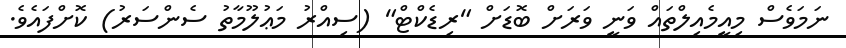
ނަމަވެސް މިއީމެއިލްތައް ވަނީ ވަރަށް ބޮޑަށް "ރިޑެކްޓް" (ސިއްރު މަޢުލޫމާތު ސެންސަރު) ކޮށްފައެވެ.